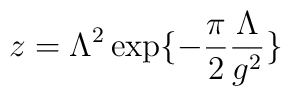
z=\Lambda^2\exp\{-\frac{\pi}{2}\frac{\Lambda}{g^2}\}